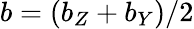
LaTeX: b=(b_{Z}+b_{Y})/2